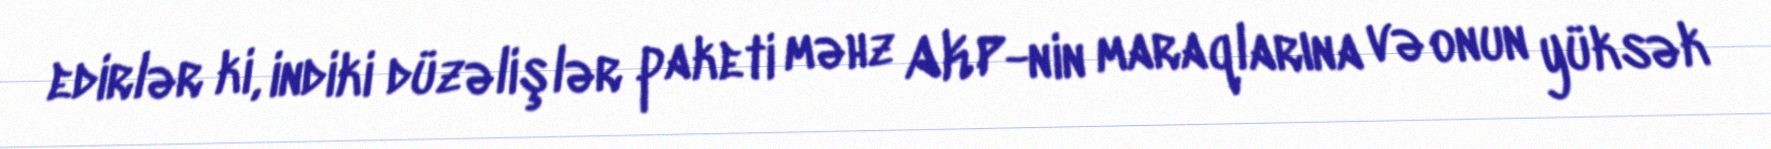
edirlər ki, indiki düzəlişlər paketi məhz AKP-nin maraqlarına və onun yüksək